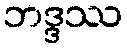
ဘဒ္ဒဿ